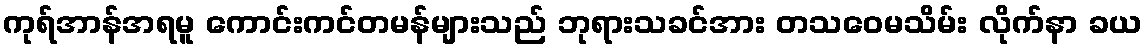
ကုရ်အာန်အရမူ ကောင်းကင်တမန်များသည် ဘုရားသခင်အား တသဝေမသိမ်း လိုက်နာ ခယ